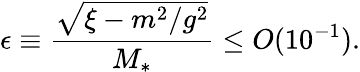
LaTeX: \epsilon\equiv\frac{\sqrt{\xi-m^{2}/g^{2}}}{M_{*}}\leq O(10^{-1}).